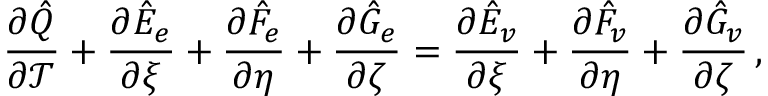
\frac { \partial \hat { Q } } { \partial \mathcal { T } } + \frac { \partial \hat { E } _ { e } } { \partial \xi } + \frac { \partial \hat { F } _ { e } } { \partial \eta } + \frac { \partial \hat { G } _ { e } } { \partial \zeta } = \frac { \partial \hat { E } _ { v } } { \partial \xi } + \frac { \partial \hat { F } _ { v } } { \partial \eta } + \frac { \partial \hat { G } _ { v } } { \partial \zeta } \, \mathrm { , }